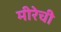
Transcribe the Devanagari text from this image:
मीरेची